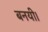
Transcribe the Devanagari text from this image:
बनयी।